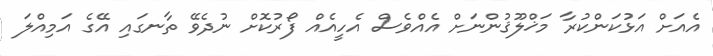
އެއަށް އަޅުކަންކުރާ މަޚްލޫޤުންނަށް އެއްވެސް އެހީއެއް ފޯރުކޮށް ނުދެވޭ ތާނގައި އޭގެ އަމިއްލަ